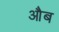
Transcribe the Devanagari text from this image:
औब